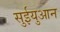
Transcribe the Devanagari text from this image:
सुईयुआन